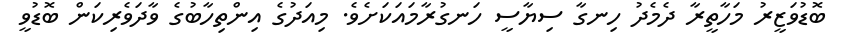
ބޮޑުވަޒީރު މަހާތީރާ ދެމެދު ހިނގާ ސިޔާސީ ހަނގުރާމައަކަށެވެ. މިއަދުގެ އިންތިހާބުގެ ވާދަވެރިކަން ބޮޑުވީ